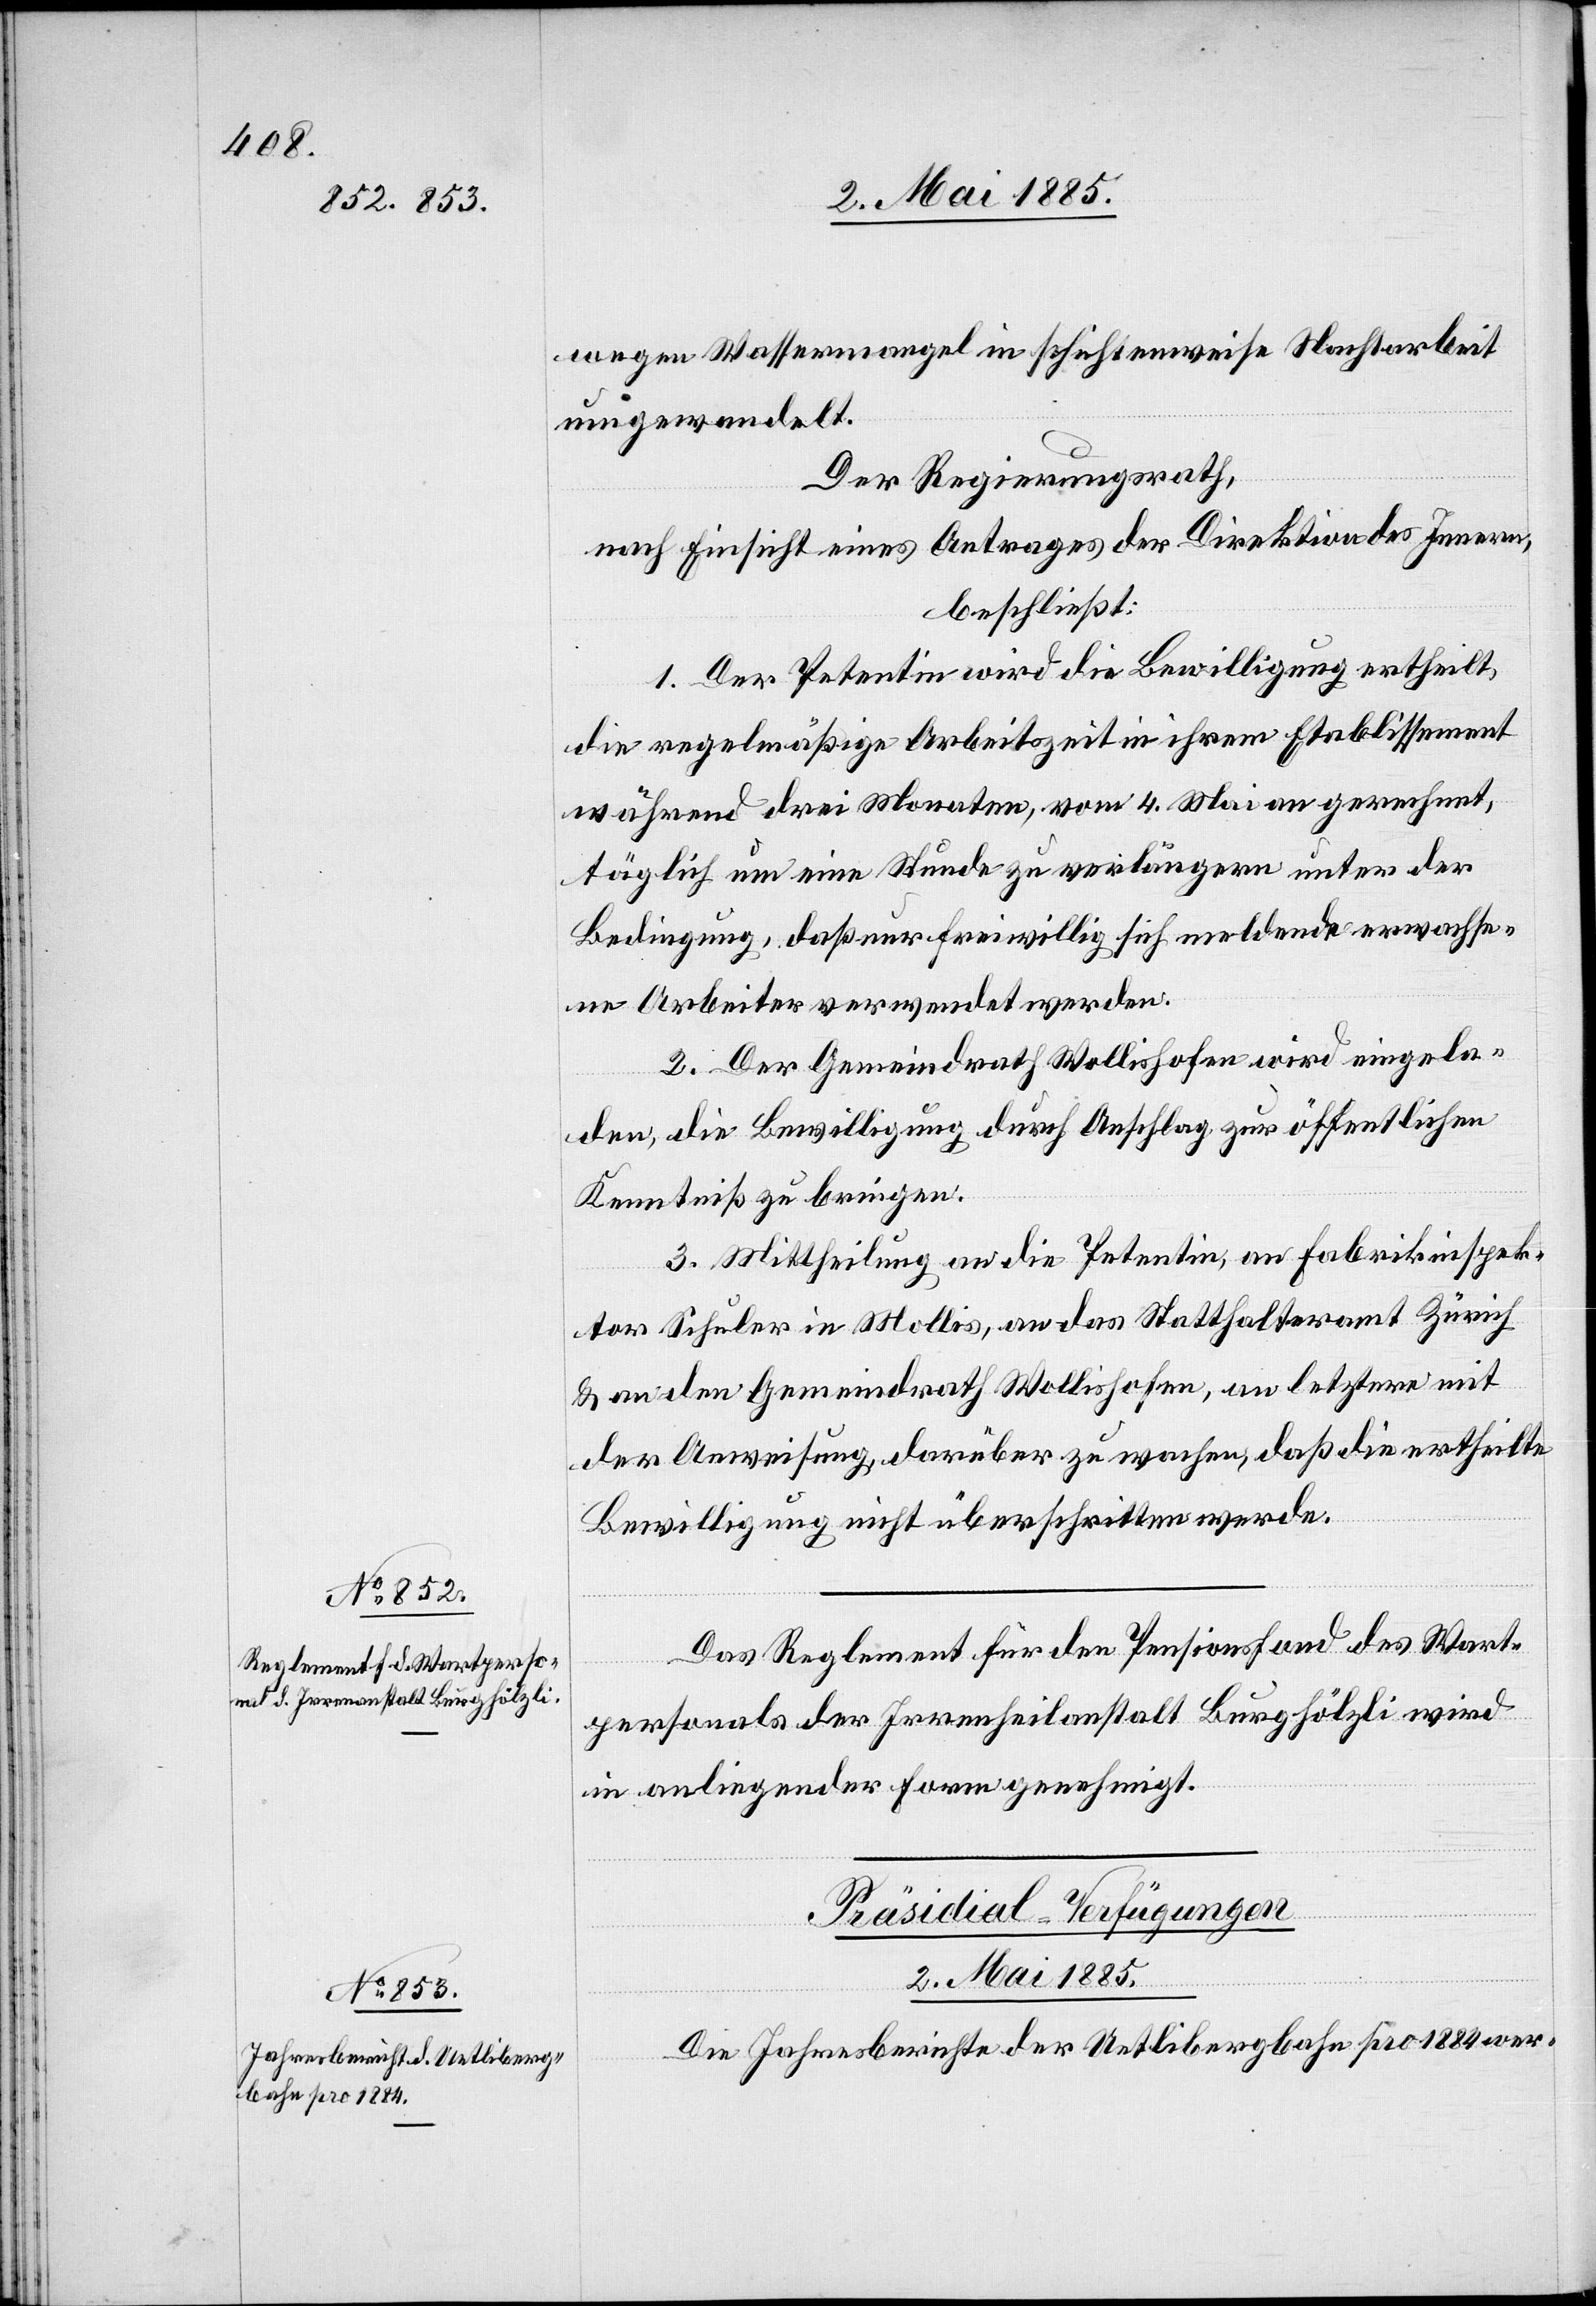
02. Mai 1885.
wegen Wassermangel in schichtweise Nachtarbeit
umgewandelt.
Der Regierungsrath,
nach Einsicht eines Antrages der Direktion des Innern,
beschließt:
1. Der Petentin wird die Bewilligung ertheilt,
die regelmäßige Arbeitszeit in ihrem Etablissement
während drei Monaten, vom 4. Mai an gerechnet,
täglich um eine Stunde zu verlängern unter der
Bedingung, daß nur freiwillig sich meldende erwachse¬
ne Arbeiter verwendet werden.
2. Der Gemeindrath Wollishofen wird eingela¬
den, die Bewilligung durch Anschlag zur öffentlichen
Kenntniß zu bringen.
3. Mittheilung an die Petentin, an Fabrikinspek¬
tor Schuler in Mollis, an das Statthalteramt Zürich
& an den Gemeindrath Wollishofen, an letztern mit
der Anweisung, darüber zu wachen, daß die ertheilte
Bewilligung nicht überschritten werde.
Das Reglement für den Pensionsfond des Wart¬
personals der Irrenheilanstalt Burghölzli wird
in anliegender Form genehmigt.
Präsidial-Verfügungen.
Die Jahresberichte der Uetlibergbahn pro 1884 wer-